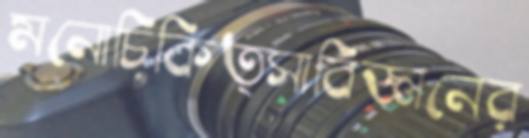
মনোচিকিত্সাবিজ্ঞানের